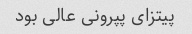
پیتزای پپرونی عالی بود